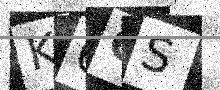
Text: K6QS